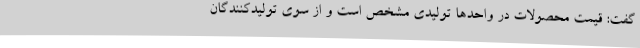
گفت: قیمت محصولات در واحدها تولیدی مشخص است و از سوی تولیدکنندگان